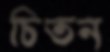
চিতন